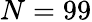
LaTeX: N=99